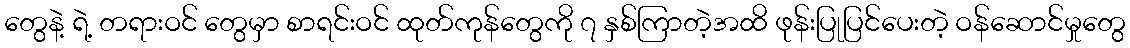
တွေနဲ့ ရဲ့ တရားဝင် တွေမှာ စာရင်းဝင် ထုတ်ကုန်တွေကို ၇ နှစ်ကြာတဲ့အထိ ဖုန်းပြုပြင်ပေးတဲ့ ဝန်ဆောင်မှုတွေ